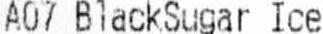
A07 BLACKSUGAR ICE